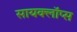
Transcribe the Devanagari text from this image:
सायक्लॉप्स